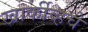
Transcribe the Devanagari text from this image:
खार्कीव्हचे